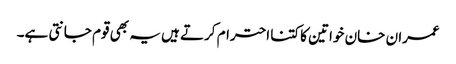
عمران خان خواتین کا کتنا احترام کرتے ہیں یہ بھی قوم جانتی ہے۔